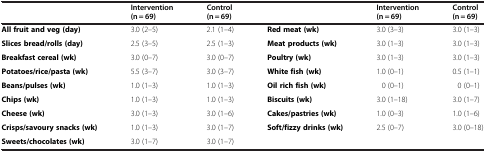
<table><thead><tr><td><b> </b></td><td><b>Intervention (n = 69)</b></td><td><b>Control (n = 69)</b></td><td><b> </b></td><td><b>Intervention (n = 69)</b></td><td><b>Control (n = 69)</b></td></tr></thead><tbody><tr><td><b>All fruit and veg (day)</b></td><td>3.0 (2–5)</td><td>2.1 (1–4)</td><td><b>Red meat (wk)</b></td><td>3.0 (3–3)</td><td>3.0 (1–3)</td></tr><tr><td><b>Slices bread/rolls (day)</b></td><td>2.5 (3–5)</td><td>2.5 (1–3)</td><td><b>Meat products (wk)</b></td><td>3.0 (1–3)</td><td>3.0 (1–3)</td></tr><tr><td><b>Breakfast cereal (wk)</b></td><td>3.0 (0–7)</td><td>3.0 (0–7)</td><td><b>Poultry (wk)</b></td><td>3.0 (1–3)</td><td>3.0 (1–3)</td></tr><tr><td><b>Potatoes/rice/pasta (wk)</b></td><td>5.5 (3–7)</td><td>3.0 (3–7)</td><td><b>White fish (wk)</b></td><td>1.0 (0–1)</td><td>0.5 (1–1)</td></tr><tr><td><b>Beans/pulses (wk)</b></td><td>1.0 (1–3)</td><td>1.0 (1–3)</td><td><b>Oil rich fish (wk)</b></td><td>0 (0–1)</td><td>0 (0–1)</td></tr><tr><td><b>Chips (wk)</b></td><td>1.0 (1–3)</td><td>1.0 (1–3)</td><td><b>Biscuits (wk)</b></td><td>3.0 (1–18)</td><td>3.0 (1–7)</td></tr><tr><td><b>Cheese (wk)</b></td><td>3.0 (1–3)</td><td>3.0 (1–6)</td><td><b>Cakes/pastries (wk)</b></td><td>1.0 (0–3)</td><td>1.0 (1–6)</td></tr><tr><td><b>Crisps/savoury snacks (wk)</b></td><td>1.0 (1–3)</td><td>3.0 (1–7)</td><td><b>Soft/fizzy drinks (wk)</b></td><td>2.5 (0–7)</td><td>3.0 (0–18)</td></tr><tr><td><b>Sweets/chocolates (wk)</b></td><td>3.0 (1–7)</td><td>3.0 (1–7)</td><td> </td><td> </td><td> </td></tr></tbody></table>